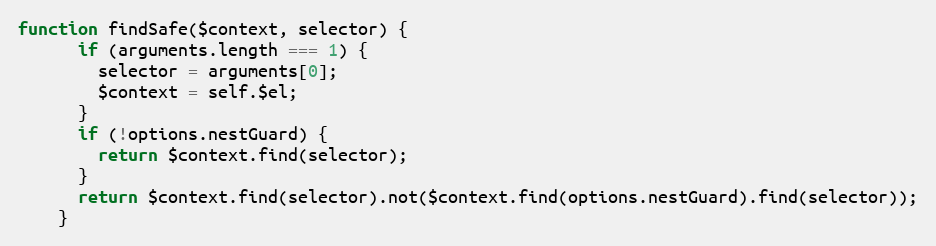
Language: JavaScript
function findSafe($context, selector) {
      if (arguments.length === 1) {
        selector = arguments[0];
        $context = self.$el;
      }
      if (!options.nestGuard) {
        return $context.find(selector);
      }
      return $context.find(selector).not($context.find(options.nestGuard).find(selector));
    }